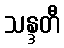
သန္ဒတီ